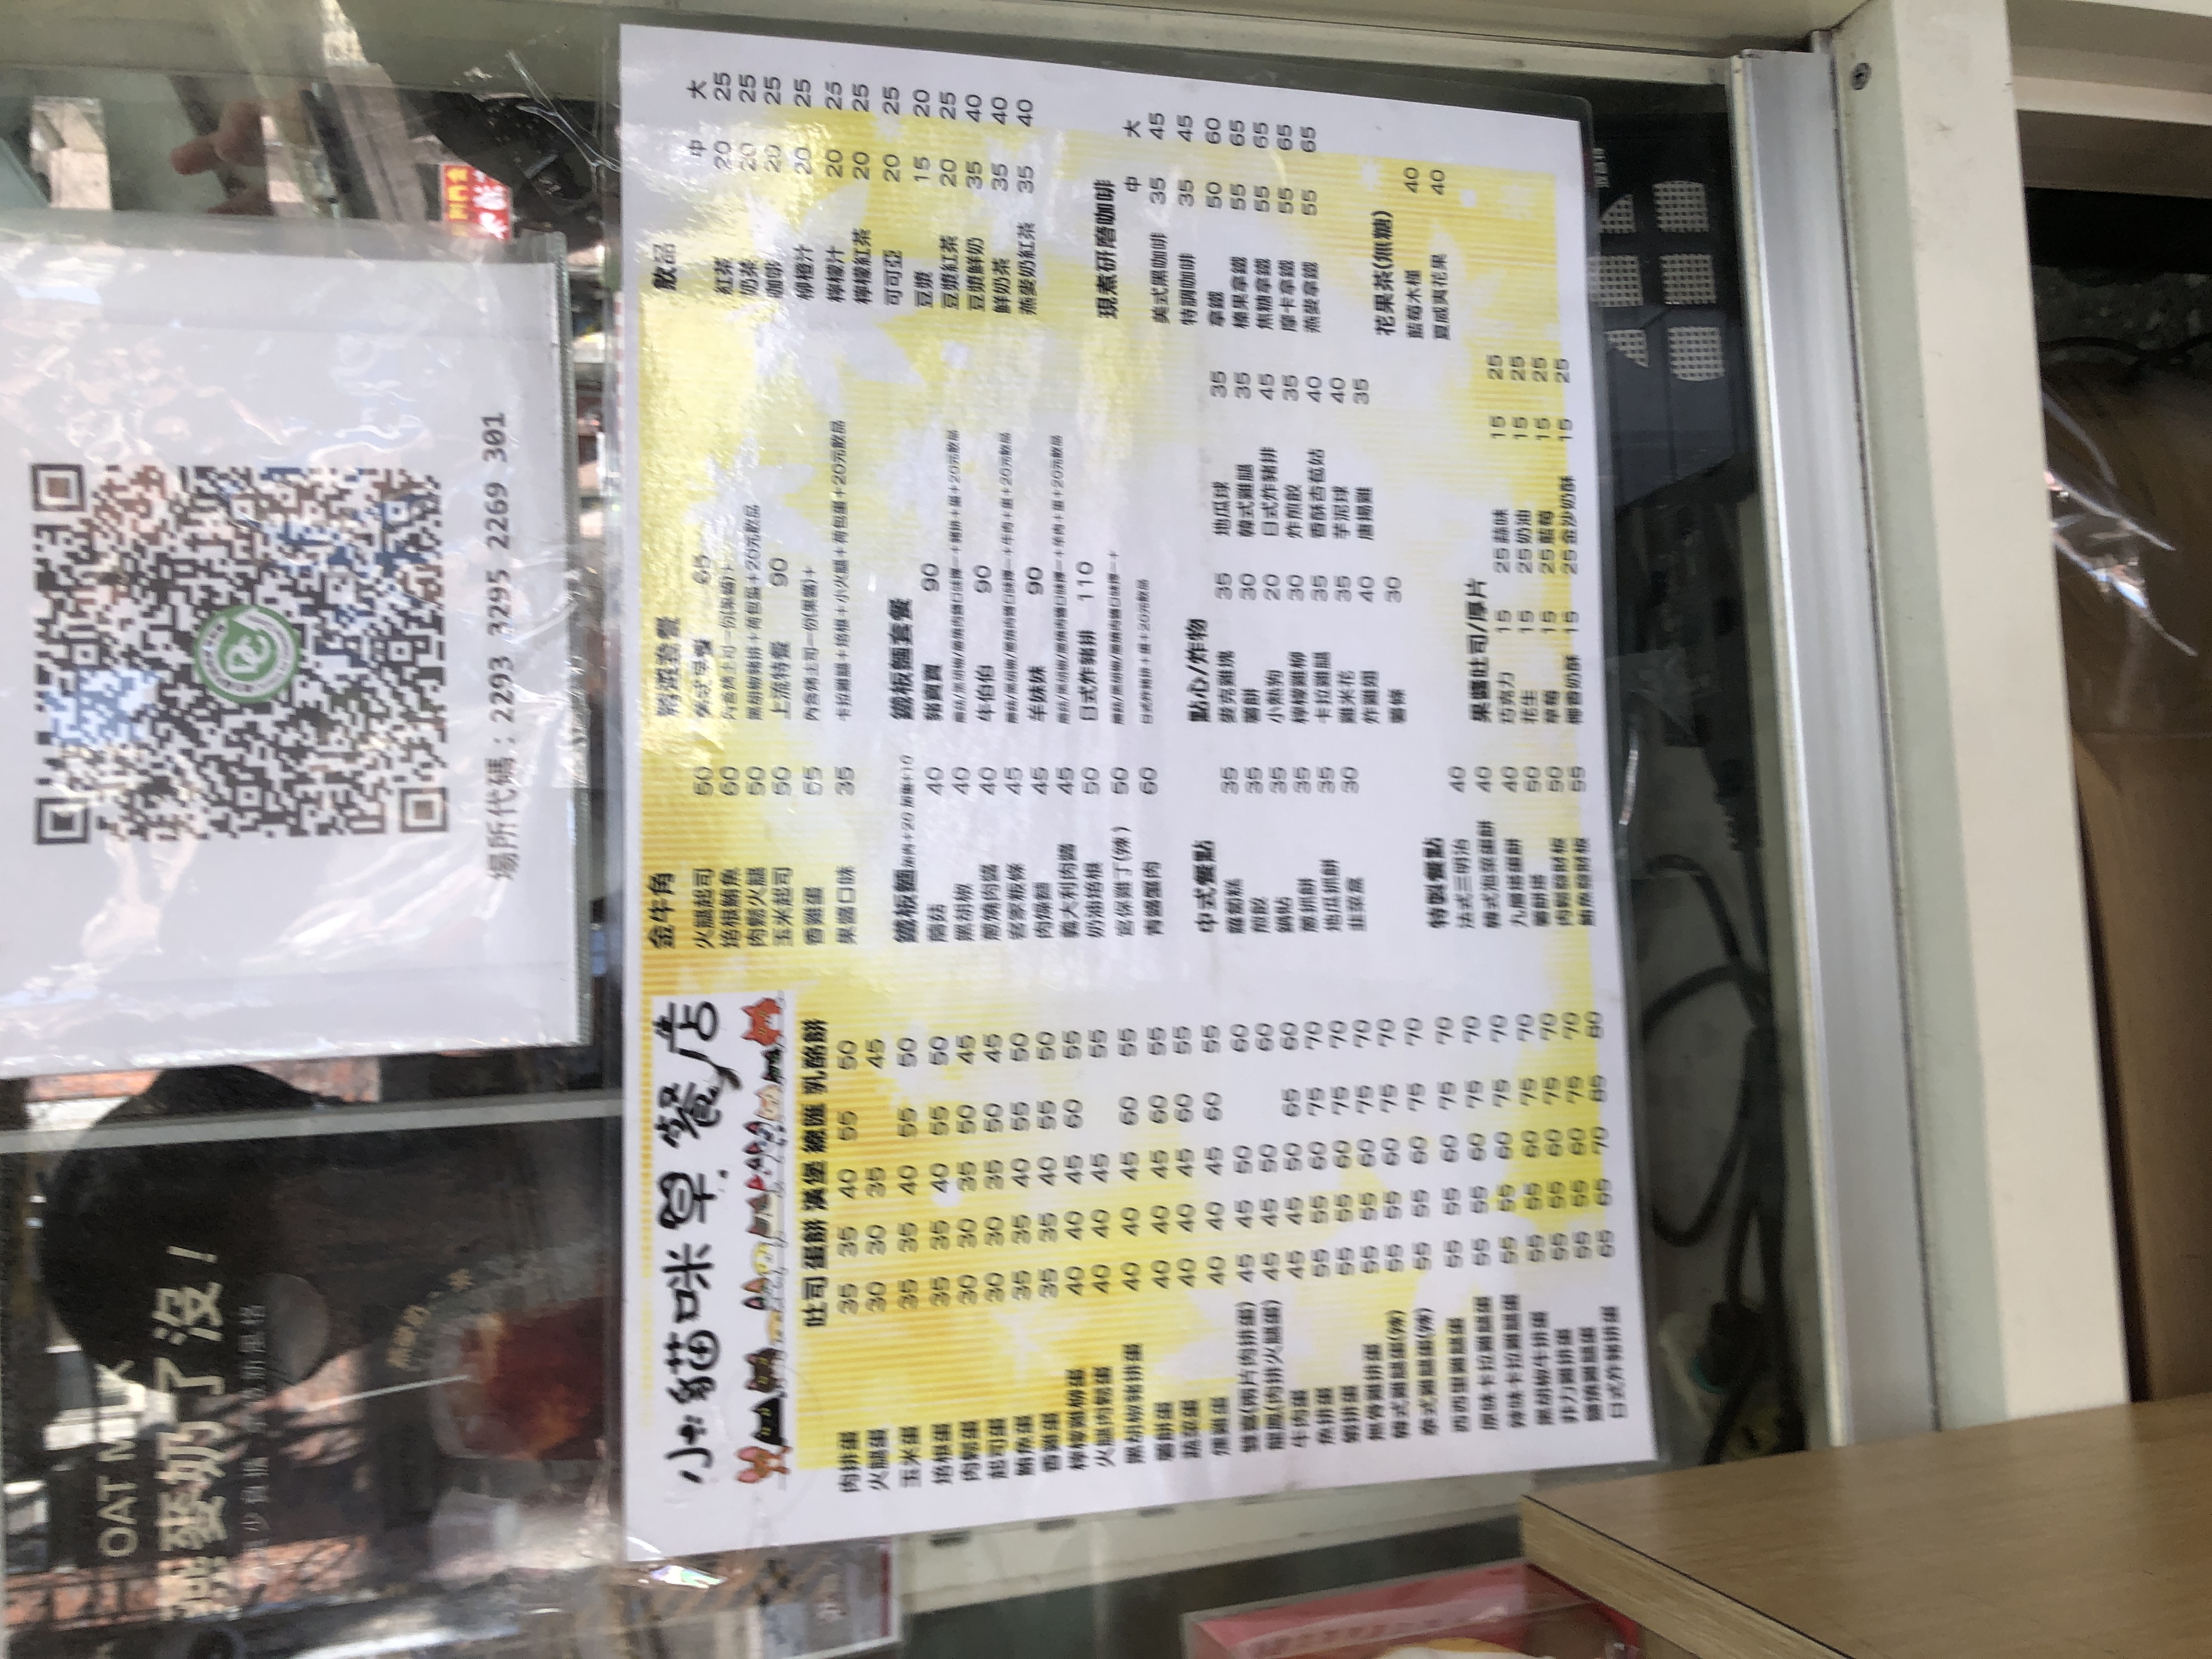
餐廳：小桔味早點店
菜單：
name: 紅茶
price: 20/25
name: 奶茶
price: 20/25
name: 咖啡
price: 20/25
name: 柳橙汁
price: 20/25
name: 檸檬汁
price: 20/25
name: 檸檬紅茶
price: 20/25
name: 可可亞
price: 20/25
name: 豆漿
price: 15/20
name: 豆漿紅茶
price: 20/25
name: 鮮奶茶
price: 35/40
name: 鮮奶
price: 35/40
name: 燕麥奶紅茶
price: 35/40
name: 美式黑咖啡
price: 35/45
name: 特調咖啡
price: 35/50
name: 拿鐵
price: 50/60
name: 榛果拿鐵
price: 55/65
name: 焦糖拿鐵
price: 55/65
name: 摩卡拿鐵
price: 55/65
name: 燕麥拿鐵
price: 55/65
name: 藍莓水種
price: 40
name: 夏威夷花果
price: 40
name: 巧克力吐司
price: 15
name: 巧克力厚片
price: 25
name: 花生吐司
price: 15
name: 花生厚片
price: 25
name: 草莓吐司
price: 15
name: 草莓厚片
price: 25
name: 柳橙奶酥吐司
price: 15
name: 柳橙奶酥厚片
price: 25
name: 火腿起司金牛角
price: 50
name: 培根鮪魚金牛角
price: 50
name: 肉鬆火腿金牛角
price: 50
name: 玉米起司金牛角
price: 50
name: 香烤蛋金牛角
price: 35
name: 果醬口味金牛角
price: 35
name: 豬寶貝鐵板麵套餐
price: 90
name: 黑胡椒鐵板麵套餐
price: 90
name: 照燒肉醬鐵板麵套餐
price: 90
name: 客家粄條鐵板麵套餐
price: 90
name: 肉燥麵鐵板麵套餐
price: 90
name: 義大利肉醬鐵板麵套餐
price: 90
name: 奶油培根鐵板麵套餐
price: 110
name: 日式炸豬排鐵板麵套餐
price: 110
name: 麥克雞塊
price: 35
name: 薯餅
price: 30
name: 小熱狗
price: 20
name: 檸檬雞柳
price: 35
name: 卡拉雞腿
price: 35
name: 雞米花
price: 35
name: 炸雞翅
price: 40
name: 薯條
price: 30
name: 豬肉排蛋餅
price: 50
name: 火腿蛋餅
price: 45
name: 玉米蛋餅
price: 40
name: 培根蛋餅
price: 45
name: 肉鬆蛋餅
price: 40
name: 起司蛋餅
price: 40
name: 香烤蛋餅
price: 35
name: 蔬菜蛋餅
price: 40
name: 鮪魚蛋餅
price: 45
name: 總匯蛋餅 (豬肉排/火腿蛋)
price: 55
name: 總匯蛋餅 (肉鬆/火腿蛋)
price: 55
name: 牛肉堡
price: 60
name: 熱狗蛋餅
price: 45
name: 豬排蛋餅
price: 55
name: 培根雞蛋蛋餅
price: 55
name: 韓式雞腿蛋餅
price: 60
name: 泰式雞腿蛋餅
price: 60
name: 肉排堡
price: 60
name: 卡拉雞腿堡
price: 60
name: 泰式雞腿堡
price: 60
name: 黑胡椒豬排堡
price: 60
name: 肉排乳酪餅
price: 60
name: 玉米乳酪餅
price: 45
name: 培根乳酪餅
price: 50
name: 肉鬆乳酪餅
price: 45
name: 起司乳酪餅
price: 45
name: 蔬菜乳酪餅
price: 45
name: 鮪魚乳酪餅
price: 50
name: 德式香腸乳酪餅
price: 50
name: 卡拉雞腿乳酪餅
price: 55
name: 泰式雞腿乳酪餅
price: 55
name: 日式炸豬排乳酪餅
price: 55
name: 鮪魚蛋乳酪餅
price: 50
name: 豬排乳酪餅
price: 55
name: 韓式雞腿乳酪餅
price: 55
name: 牛奶棒乳酪餅
price: 50
name: 香煎蘿蔔糕
price: 35/40
name: 麥克雞塊
price: 45/50
name: 港式蘿蔔糕
price: 50/55
name: 芋頭糕
price: 30/35
name: 黑糖糕
price: 30/35
name: 蘋果派
price: 30/35
name: 鮮奶吐司
price: 30/35
name: 奶油玉米
price: 35/40
name: 薯餅
price: 30/35
name: 地瓜球
price: 30/35
name: 韓式雞腿
price: 45/50
name: 日式炸豬排
price: 45/50
name: 炸劑股
price: 35/40
name: 香酥杏鮑菇
price: 40/45
name: 芋泥球
price: 40/45
name: 甜不辣
price: 35/40